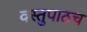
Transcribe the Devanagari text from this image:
वस्तुपाठच